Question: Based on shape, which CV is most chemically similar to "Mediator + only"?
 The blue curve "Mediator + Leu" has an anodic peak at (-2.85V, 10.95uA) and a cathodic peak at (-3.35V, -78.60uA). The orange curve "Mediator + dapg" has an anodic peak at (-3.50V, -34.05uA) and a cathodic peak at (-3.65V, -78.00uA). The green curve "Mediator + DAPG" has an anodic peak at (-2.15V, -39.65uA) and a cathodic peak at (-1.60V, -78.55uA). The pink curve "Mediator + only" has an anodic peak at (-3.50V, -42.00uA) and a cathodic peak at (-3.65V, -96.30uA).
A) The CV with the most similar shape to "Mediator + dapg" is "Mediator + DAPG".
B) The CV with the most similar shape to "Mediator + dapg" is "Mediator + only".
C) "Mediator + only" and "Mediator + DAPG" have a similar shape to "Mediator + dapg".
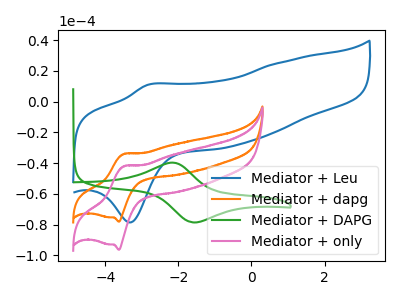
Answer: <think>"Mediator + Leu" and "Mediator + dapg" have at least one peak that do not match. "Mediator + Leu" and "Mediator + DAPG" have at least one peak that do not match. "Mediator + Leu" and "Mediator + only" have at least one peak that do not match. "Mediator + dapg" and "Mediator + DAPG" have at least one peak that do not match. All the peaks in "Mediator + dapg" have a peak in "Mediator + only" at the same potential. "Mediator + DAPG" and "Mediator + only" have at least one peak that do not match.
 </think>
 <answer>B) The CV with the most similar shape to "Mediator + dapg" is "Mediator + only".</answer>
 <eval>B</eval>